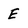
Character: E